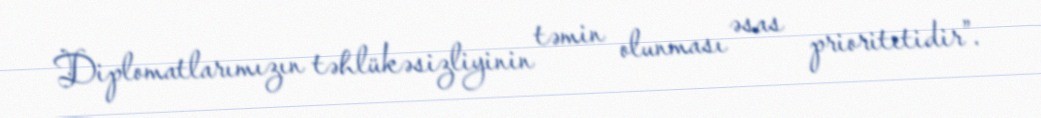
Diplomatlarımızın təhlükəsizliyinin təmin olunması əsas prioritetidir”.